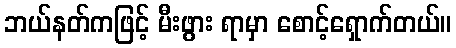
ဘယ်နတ်ကဖြင့် မီးဖွား ရာမှာ စောင့်ရှောက်တယ်။